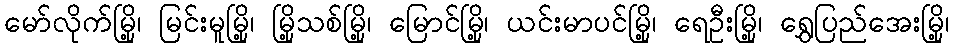
မော်လိုက်မြို့၊ မြင်းမူမြို့၊ မြို့သစ်မြို့၊ မြောင်မြို့၊ ယင်းမာပင်မြို့၊ ရေဦးမြို့၊ ရွှေပြည်အေးမြို့၊